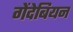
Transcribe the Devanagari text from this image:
गेंदेबियन